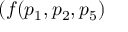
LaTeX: ( f ( p _ { 1 } , p _ { 2 } , p _ { 5 } )